画像に写った文字を読んでください
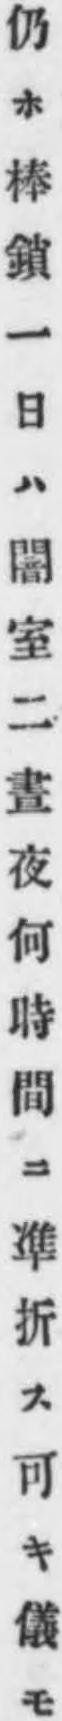
「仍ホ棒鎖一日ハ闇室ニ晝夜何時間ニ凖折ス可キ儀モ」と書いてあります